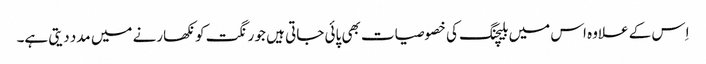
اِس کے علاوہ اس میں بلیچنگ کی خصوصیات بھی پائی جاتی ہیں جو رنگت کو نکھارنے میں مدد دیتی ہے۔